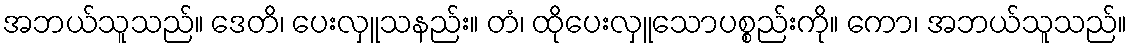
အဘယ်သူသည်။ ဒေတိ၊ ပေးလှူသနည်း။ တံ၊ ထိုပေးလှူသောပစ္စည်းကို။ ကော၊ အဘယ်သူသည်။